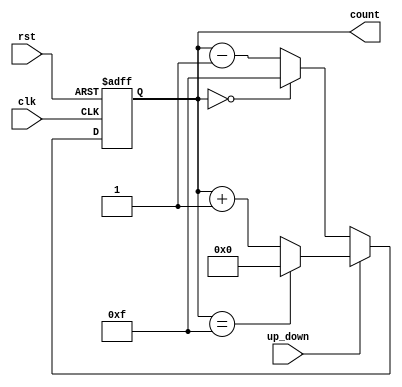
module up_down_counter (
    input wire clk,             // Clock signal
    input wire rst,             // Asynchronous reset
    input wire up_down,         // Control signal: 1 for up, 0 for down
    output reg [3:0] count      // 4-bit binary output for the count
);

// Asynchronous reset and counting logic
always @(posedge clk or posedge rst) begin
    if (rst) begin
        count <= 4'b0000;       // Reset count to 0
    end else begin
        if (up_down) begin
            // Count up
            if (count == 4'b1111) begin
                count <= 4'b0000; // Wrap around to 0
            end else begin
                count <= count + 1; // Increment count
            end
        end else begin
            // Count down
            if (count == 4'b0000) begin
                count <= 4'b1111; // Wrap around to 15
            end else begin
                count <= count - 1; // Decrement count
            end
        end
    end
end

endmodule